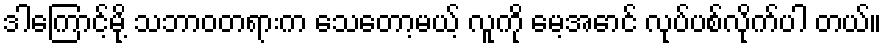
ဒါကြောင့်မို့ သဘာဝတရားက သေတော့မယ့် လူကို မေ့အောင် လုပ်ပစ်လိုက်ပါ တယ်။